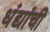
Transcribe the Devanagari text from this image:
धंद्यांची